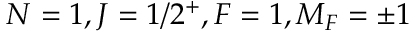
N = 1 , J = 1 / 2 ^ { + } , F = 1 , M _ { F } = \pm 1